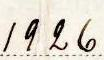
1926